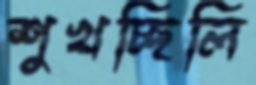
শুখচ্ছিলি